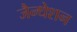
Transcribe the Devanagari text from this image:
जैन्थेशन